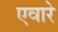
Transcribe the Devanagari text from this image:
एवारे